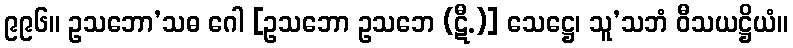
၉၉၆။ ဥသဘော’သဓ ဂေါ [ဥသဘော ဥသဘေ (ဋီ.)] သေဋ္ဌေ၊ သူ’သဘံ ဝီသယဋ္ဌိယံ။